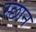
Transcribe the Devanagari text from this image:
स्छान